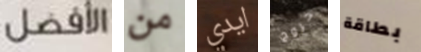
الأفضل من ايدي خروج بطاقة